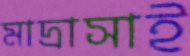
মাদ্রাসাই